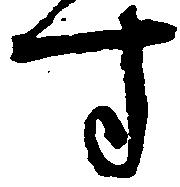
す